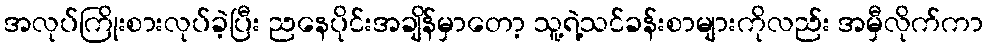
အလုပ်ကြိုးစားလုပ်ခဲ့ပြီး ညနေပိုင်းအချိန်မှာတော့ သူ့ရဲ့သင်ခန်းစာများကိုလည်း အမှီလိုက်ကာ